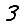
Digit: 3